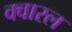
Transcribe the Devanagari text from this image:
क्वारल